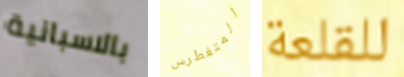
بالاسبانية المتغطرس للقلعة